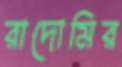
রাদোমির